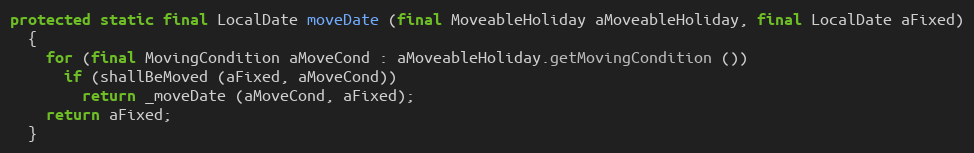
Language: Java
protected static final LocalDate moveDate (final MoveableHoliday aMoveableHoliday, final LocalDate aFixed)
  {
    for (final MovingCondition aMoveCond : aMoveableHoliday.getMovingCondition ())
      if (shallBeMoved (aFixed, aMoveCond))
        return _moveDate (aMoveCond, aFixed);
    return aFixed;
  }